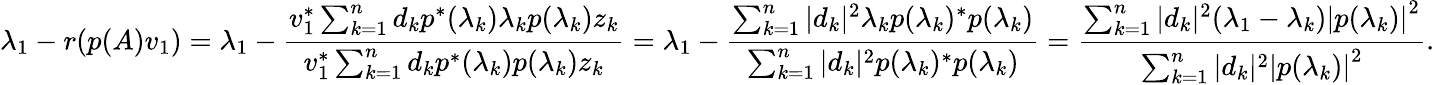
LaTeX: \lambda_{1}-r(p(A)v_{1})=\lambda_{1}-{\frac{v_{1}^{*}\sum_{k=1}^{n}d_{k}p^{*}(\lambda_{k})\lambda_{k}p(\lambda_{k})z_{k}}{v_{1}^{*}\sum_{k=1}^{n}d_{k}p^{*}(\lambda_{k})p(\lambda_{k})z_{k}}}=\lambda_{1}-{\frac{\sum_{k=1}^{n}|d_{k}|^{2}\lambda_{k}p(\lambda_{k})^{*}p(\lambda_{k})}{\sum_{k=1}^{n}|d_{k}|^{2}p(\lambda_{k})^{*}p(\lambda_{k})}}={\frac{\sum_{k=1}^{n}|d_{k}|^{2}(\lambda_{1}-\lambda_{k})\left|p(\lambda_{k})\right|^{2}}{\sum_{k=1}^{n}|d_{k}|^{2}\left|p(\lambda_{k})\right|^{2}}}.